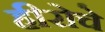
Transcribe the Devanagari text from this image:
हीरोचे